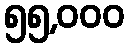
၅၅,၀၀၀